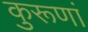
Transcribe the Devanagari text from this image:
कुरूणां